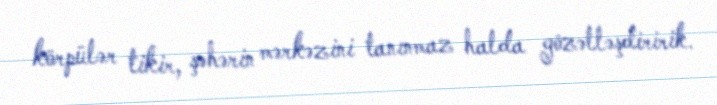
körpülər tikir, şəhərin mərkəzini tanınmaz halda gözəlləşdiririk.